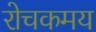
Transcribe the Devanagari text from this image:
रोचकमय